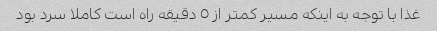
غذا با توجه به اینکه مسیر کمتر از ٥ دقیقه راه است کاملا سرد بود